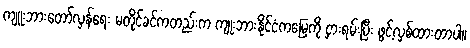
ကျူးဘားတော်လှန်ရေး မတိုင်ခင်ကတည်းက ကျုးဘားနိုင်ငံကမြေကို ငှားရမ်းပြီး ဖွင့်လှစ်ထားတာပါ။